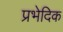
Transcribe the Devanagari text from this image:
प्रभेदिक